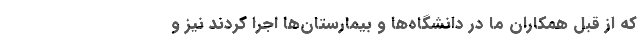
که از قبل همکاران ما در دانشگاه‌ها و بیمارستان‌ها اجرا کردند نیز و